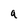
Character: q